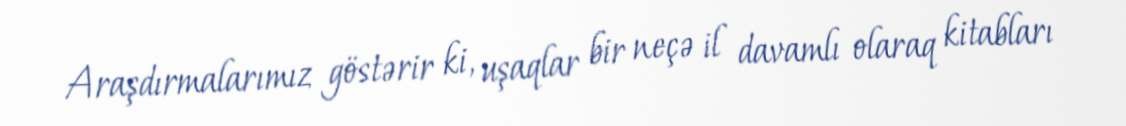
Araşdırmalarımız göstərir ki, uşaqlar bir neçə il davamlı olaraq kitabları